Malaria in the Duars
Disease focus: Malaria
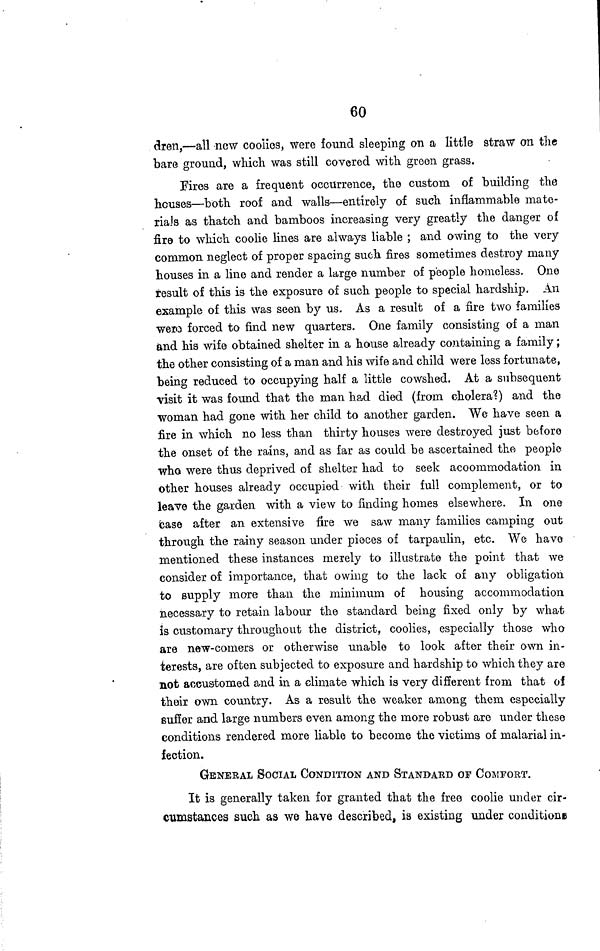
60
dren,—all new coolies, were found sleeping on a little straw on the
bare ground, which was still covered with green grass.
Fires are a frequent occurrence, the custom of building the
houses—both roof and walls—entirely of such inflammable mate-
rials as thatch and bamboos increasing very greatly the danger of
fire to which coolie lines are always liable ; and owing to the very
common neglect of proper spacing such fires sometimes destroy many
houses in a line and render a large number of people homeless. One
result of this is the exposure of such people to special hardship. An
example of this was seen by us. As a result of a fire two families
were forced to find new quarters. One family consisting of a man
and his wife obtained shelter in a house already containing a family;
the other consisting of a man and his wife and child were less fortunate,
being reduced to occupying half a little cowshed. At a subsequent
visit it was found that the man had died (from cholera?) and the
woman had gone with her child to another garden. We have seen a
fire in which no less than thirty houses were destroyed just before
the onset of the rains, and as far as could be ascertained the people
who were thus deprived of shelter had to seek accommodation in
other houses already occupied with their full complement, or to
leave the garden with a view to finding homes elsewhere. In one
base after an extensive fire we saw many families camping out
through the rainy season under pieces of tarpaulin, etc. We have
mentioned these instances merely to illustrate the point that we
consider of importance, that owing to the lack of any obligation
to supply more than the minimum of housing accommodation
necessary to retain labour the standard being fixed only by what
is customary throughout the district, coolies, especially those who
are new-comers or otherwise unable to look after their own in-
terests, are often subjected to exposure and hardship to which they are
not accustomed and in a climate which is very different from that of
their own country. As a result the weaker among them especially
suffer and large numbers even among the more robust are under these
conditions rendered more liable to become the victims of malarial in-
fection.
GENERAL SOCIAL CONDITION AND STANDARD OF COMFORT.
It is generally taken for granted that the free coolie under cir-
cumstances such as we have described, is existing under conditions